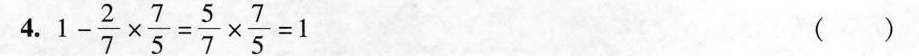
4. $$1 - \frac { 2 } { 7 } \times \frac { 7 } { 5 } = \frac { 5 } { 7 } \times \frac { 7 } { 5 } = 1$$ ( )